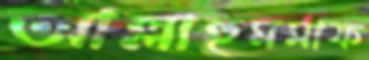
আল্লাহুমমাফ